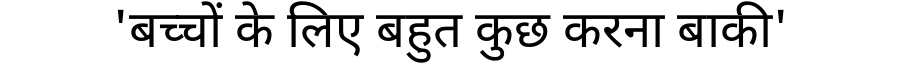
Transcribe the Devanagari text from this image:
'बच्चों के लिए बहुत कुछ करना बाकी'